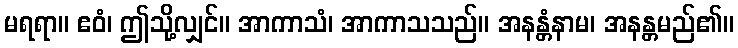
မရရာ။ ဧဝံ၊ ဤသို့လျှင်။ အာကာသံ၊ အာကာသသည်။ အနန္တံနာမ၊ အနန္တမည်၏။